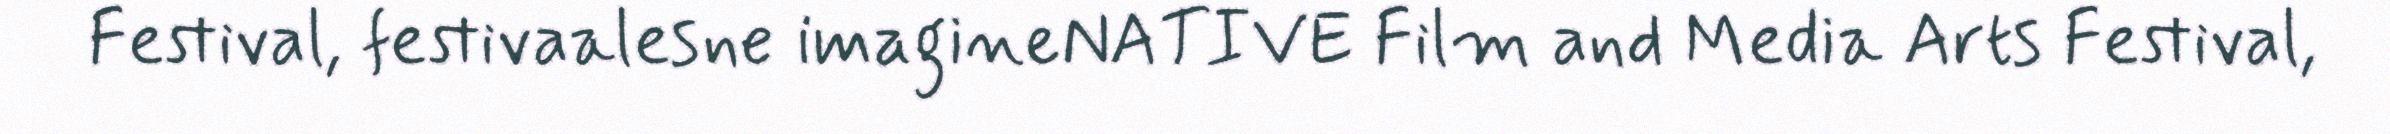
Festival, festivaalesne imagineNATIVE Film and Media Arts Festival,